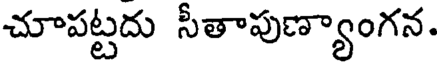
చూపట్టదు సీతాపుణ్యాంగన.